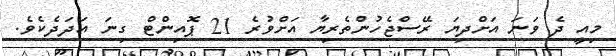
މިއީ ދެ ވަނަ އަށްދިޔަ ރޭސްޖެހުންތެރިޔާ އަށްވުރެ 21 ޕޮއިންޓް ގިނަ އަދަދެކެވެ.